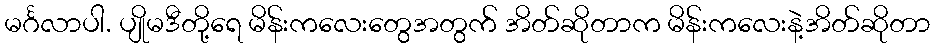
မင်္ဂလာပါ. ပျိုမဒီတို့ရေ မိန်းကလေးတွေအတွက် အိတ်ဆိုတာက မိန်းကလေးနဲ့အိတ်ဆိုတာ